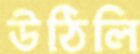
উঠিলি